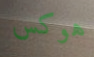
هوكس